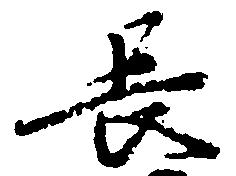
長